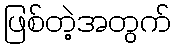
ဖြစ်တဲ့အတွက်